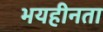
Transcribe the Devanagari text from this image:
भयहीनता